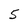
Character: 5